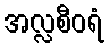
အလ္လစီဝရံ